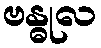
ဗန္ဓုလ